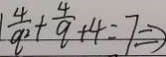
\frac { 4 } { q ^ { 2 } } + \frac { 4 } { q } + 4 = 7 \Rightarrow